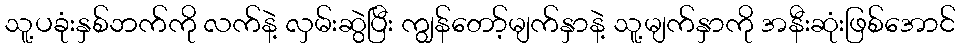
သူ့ပခုံးနှစ်ဘက်ကို လက်နဲ့ လှမ်းဆွဲပြီး ကျွန်တော့်မျက်နှာနဲ့ သူ့မျက်နှာကို အနီးဆုံးဖြစ်အောင်